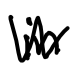
Text: in
Cross-out: zig-zag
Writing tool: digital_black